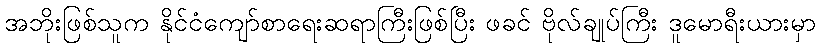
အဘိုးဖြစ်သူက နိုင်ငံကျော်စာရေးဆရာကြီးဖြစ်ပြီး ဖခင် ဗိုလ်ချုပ်ကြီး ဒူမောရီးယားမှာ